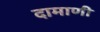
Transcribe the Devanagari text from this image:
दामाणी